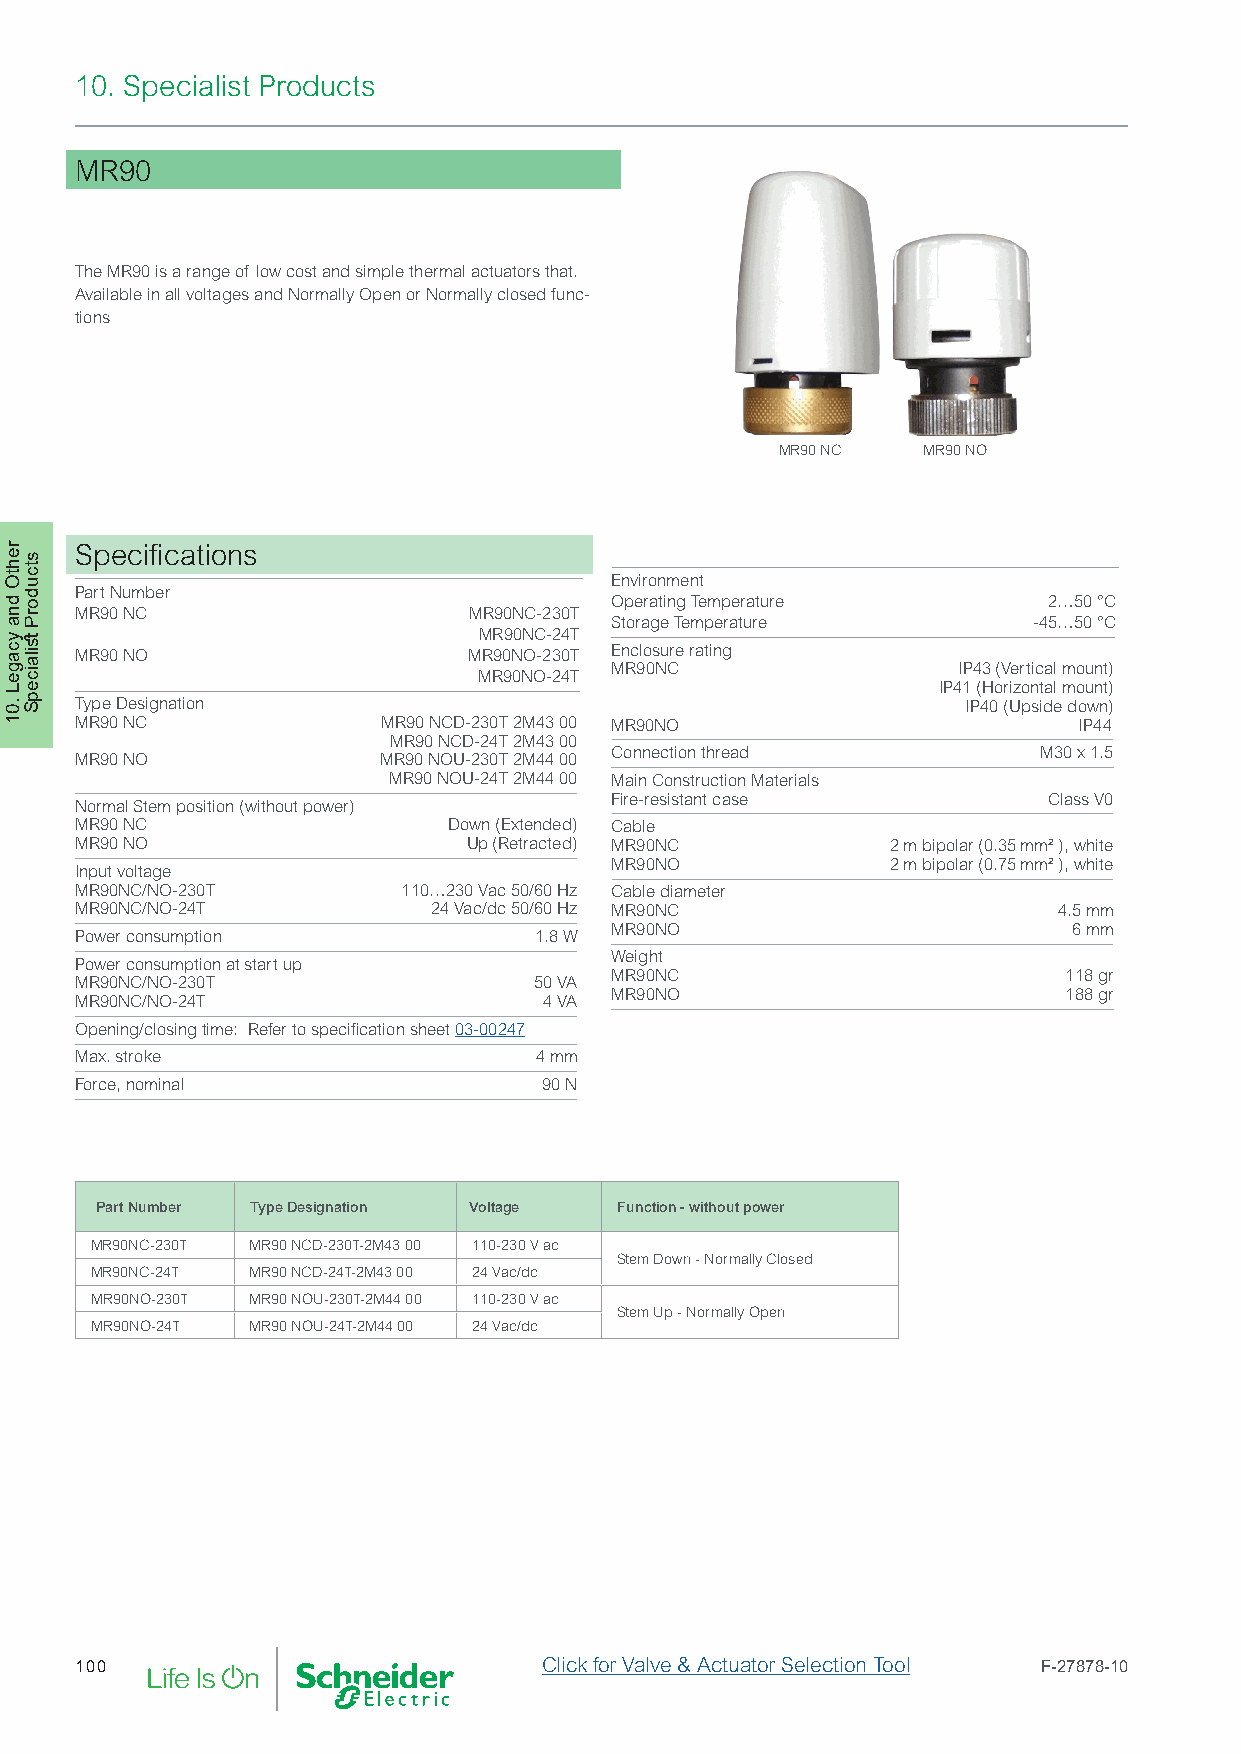
10. Specialist Products
 MR90
 The MR90 is a range of low cost and simple thermal actuators that.
 Available in all voltages and Normally Open or Normally closed func-
 tions
 MR90 NC  MR90 NO
 Specifications
 Environment
 Part Number
 Operating Temperature        2…50 °C
 MR90 NC                   MR90NC-230T
 Storage Temperature         -45…50 °C
 MR90NC-24T
 MR90 NO                   MR90NO-230T Enclosure rating
 MR90NC                 IP43 (Vertical mount)
 MR90NO-24T
 IP41 (Horizontal mount)
 Type Designation                                           IP40 (Upside down)
 MR90 NC             MR90 NCD-230T 2M43 00 MR90NO                  IP44
 MR90 NCD-24T 2M43 00
 Connection thread            M30 x 1.5
 MR90 NO             MR90 NOU-230T 2M44 00
 MR90 NOU-24T 2M44 00 Main Construction Materials
 Fire-resistant case          Class V0
 Normal Stem position (without power)
 MR90 NC                  Down (Extended) Cable
 MR90 NO                   Up (Retracted) MR90NC       2 m bipolar (0.35 mm² ), white
 MR90NO             2 m bipolar (0.75 mm² ), white
 Input voltage
 MR90NC/NO-230T        110…230 Vac 50/60 Hz Cable diameter
 MR90NC/NO-24T           24 Vac/dc 50/60 Hz MR90NC                4.5 mm
 MR90NO                         6 mm
 Power consumption             1.8 W
 Weight
 Power consumption at start up
 MR90NC                        118 gr
 MR90NC/NO-230T                50 VA
 MR90NO                        188 gr
 MR90NC/NO-24T                  4 VA
 Opening/closing time: Refer to specification sheet 03-00247
 Max. stroke                   4 mm
 Force, nominal                 90 N
 Part Number Type Designation Voltage Function - without power
 MR90NC-230T MR90 NCD-230T-2M43 00 110-230 V ac
 Stem Down - Normally Closed
 MR90NC-24T MR90 NCD-24T-2M43 00 24 Vac/dc
 MR90NO-230T MR90 NOU-230T-2M44 00 110-230 V ac
 Stem Up - Normally Open
 MR90NO-24T MR90 NOU-24T-2M44 00 24 Vac/dc
 100                            Click for Valve & Actuator Selection Tool F-27878-10
 rehtO
 dna
 ycageL
 .01
 stcudorP
 stilaicepS